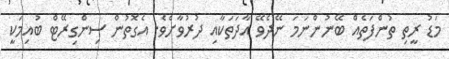
މަޑު ރީތި ތުންފަތެއް ބޭނުންނަމަ ނޭދެވޭ އާދަތަކާއި ދުރުވާށެވެ. އެގޮތުން ސިންގިރޭޓް ބުއިމަކީ